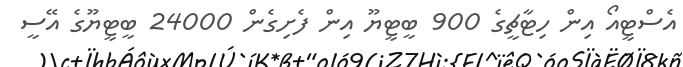
އެސްޓީއޯ އިން ހިޓާޗީގެ 900 ބީޓީޔޫ އިން ފެށިގެން 24000 ބީޓީޔޫގެ އޭސީ